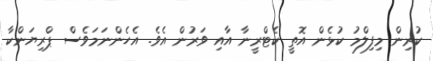
ކުރިން މިފިލްމު ކުޅެން އޮތީ ކެޓްރީނާ އާއި ވަރުން އެވެ. އެހެންނަމަވެސް ޕްރިޔަންކާ